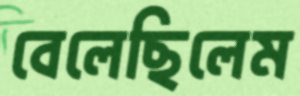
বেলেছিলেম